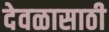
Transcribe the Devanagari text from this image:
देवळासाठी